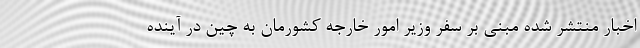
اخبار منتشر شده مبنی بر سفر وزیر امور خارجه کشورمان به چین در آینده